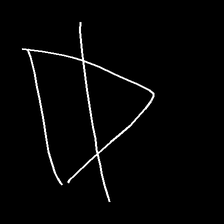
Glyph: empower